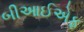
બીઆઈએફ